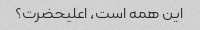
این همه است، اعلیحضرت؟